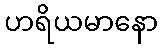
ဟရိယမာနော